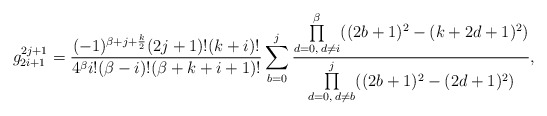
\begin{align*}g_{2i+1}^{2j+1}=\frac{(-1)^{\beta+j+\frac{k}{2}}(2j+1)!(k+i)!}{4^{\beta}i!(\beta-i)!(\beta+k+i+1)!}\sum\limits_{b=0}^{j}\frac{\prod\limits_{d=0,\;d\neq i}^{\beta}((2b+1)^2-(k+2d+1)^2)}{\prod\limits_{d=0,\;d\neq b}^{j}((2b+1)^2-(2d+1)^2)},\end{align*}